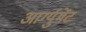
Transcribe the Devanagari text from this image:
आर्ग्युमेंट